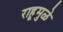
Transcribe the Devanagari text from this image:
राहूमुळे